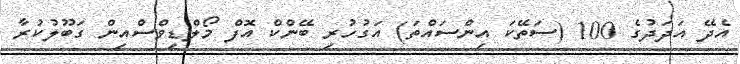
އެދޭ އަދަދުގެ 100 (ސަތޭކަ އިންސައްތަ) އަގުހުރި ބޭންކް އޮފް މޯލްޑިވްސްއިން ގަބޫލުކުރާ